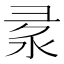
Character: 𢑙